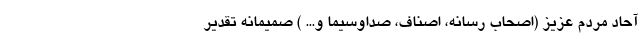
آحاد مردم عزیز (اصحاب رسانه، اصناف، صداوسیما و... ) صمیمانه تقدیر